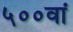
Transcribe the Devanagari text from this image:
५००वां